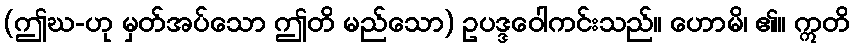
(ဤဃ-ဟု မှတ်အပ်သော ဤတိ မည်သော) ဥပဒ္ဒဝေါကင်းသည်။ ဟောမိ၊ ၏။ ဣတိ